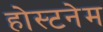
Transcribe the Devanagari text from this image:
होस्टनेम